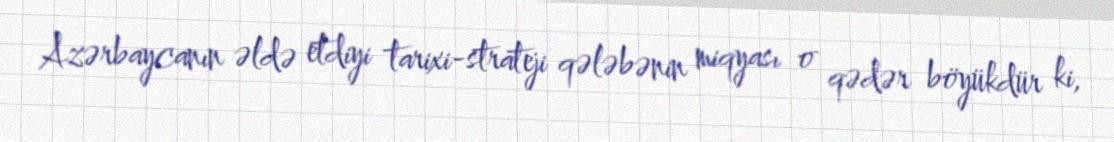
Azərbaycanın əldə etdiyi tarixi-strateji qələbənin miqyası o qədər böyükdür ki,